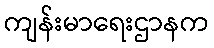
ကျန်းမာရေးဌာနက